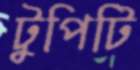
টুপিটি